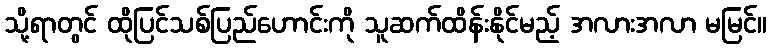
သို့ရာတွင် ထိုပြင်သစ်ပြည်ဟောင်းကို သူဆက်ထိန်းနိုင်မည့် အလားအလာ မမြင်။